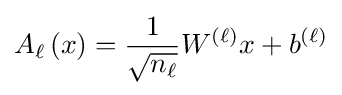
A_{\ell }\left(x\right)={\frac {1}{\sqrt {n_{\ell }}}}W^{\left(\ell \right)}x+b^{\left(\ell \right)}